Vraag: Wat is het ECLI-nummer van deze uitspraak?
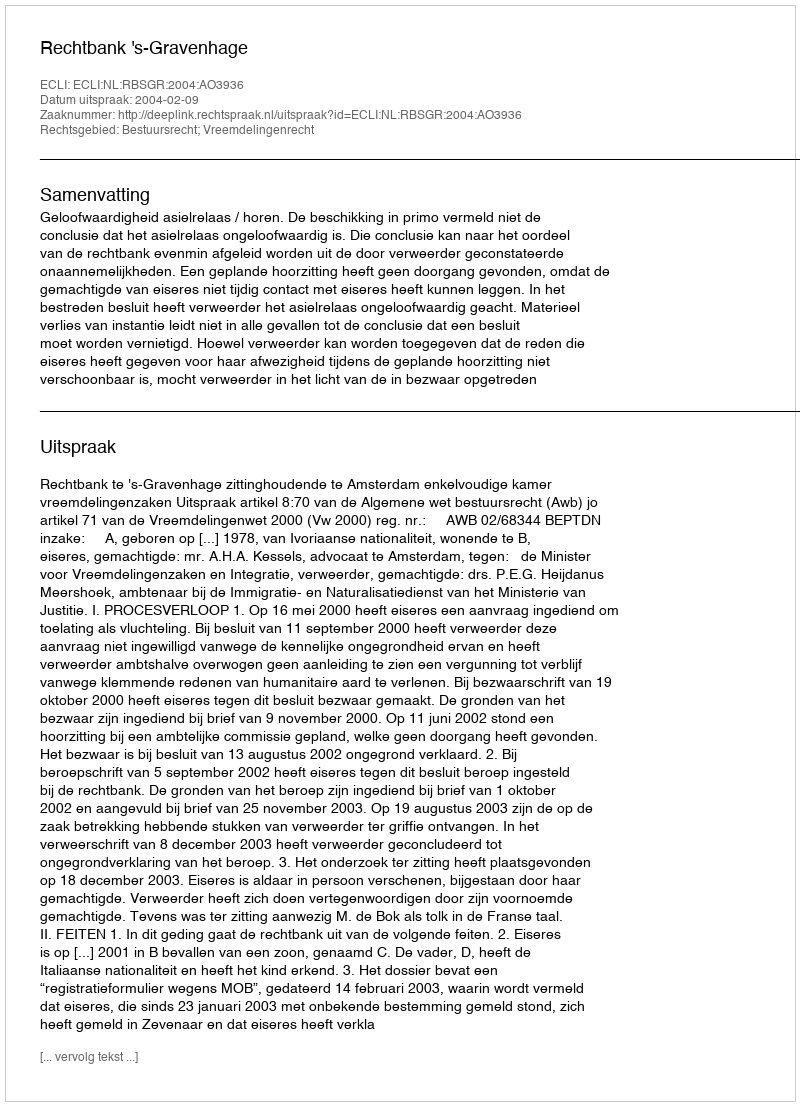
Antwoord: ECLI:NL:RBSGR:2004:AO3936